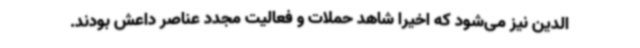
‌الدین نیز می‌شود که اخیراً شاهد حملات و فعالیت مجدد عناصر داعش بودند.